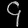
Digit: ၄